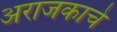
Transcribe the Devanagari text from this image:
अराजकाचे